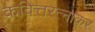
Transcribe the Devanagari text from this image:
कवित्तरत्नाकर